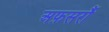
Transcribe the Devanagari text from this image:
अफ़सरौं